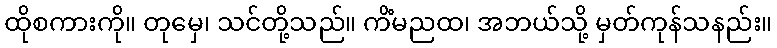
ထိုစကားကို။ တုမှေ၊ သင်တို့သည်။ ကိံမညထ၊ အဘယ်သို့ မှတ်ကုန်သနည်း။